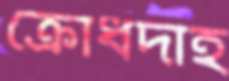
ক্রোধদাহ